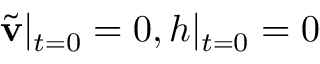
\tilde { \mathbf { v } } | _ { t = 0 } = 0 , h | _ { t = 0 } = 0